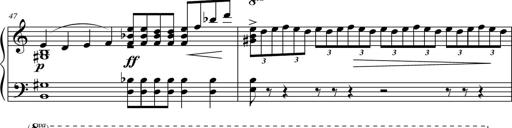
Title: Suite in the Old Style
Composer: Tyler Versluis